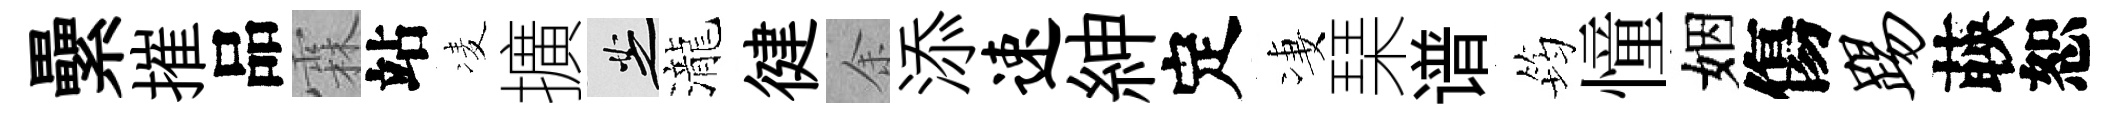
纍摧品霖站凌擴芝瀧徤余添速紳定凄琹谱筠憧姻傷踢𦴤恕